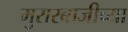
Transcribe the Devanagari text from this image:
मुरारबाजीच्या